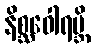
နိစ္ဆဝေါရဗ္ဘိ